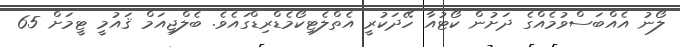
ލޯނު އެއްބަސްވުމެއްގެ ދަށުން ކޯޓުއާ ހޭދަކުރީ އެތްލެޓިކޯމެޑްރިޑްގައެވެ. ބެލްޖިއަމް ޤައުމީ ޓީމަށް 65